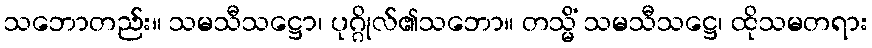
သဘောတည်း။ သမသီသဋ္ဌော၊ ပုဂ္ဂိုလ်၏သဘော။ တသ္မိံ သမသီသဋ္ဌေ၊ ထိုသမတရား